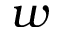
w